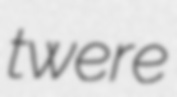
twere